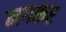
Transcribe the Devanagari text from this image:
मगरूर